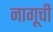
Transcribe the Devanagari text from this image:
नागूची